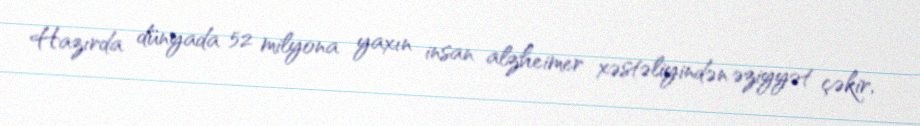
Hazırda dünyada 52 milyona yaxın insan alzheimer xəstəliyindən əziyyət çəkir,